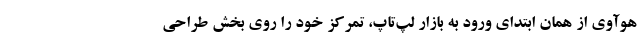
هوآوی از همان ابتدای ورود به بازار لپ‌تاپ، تمرکز خود را روی بخش طراحی